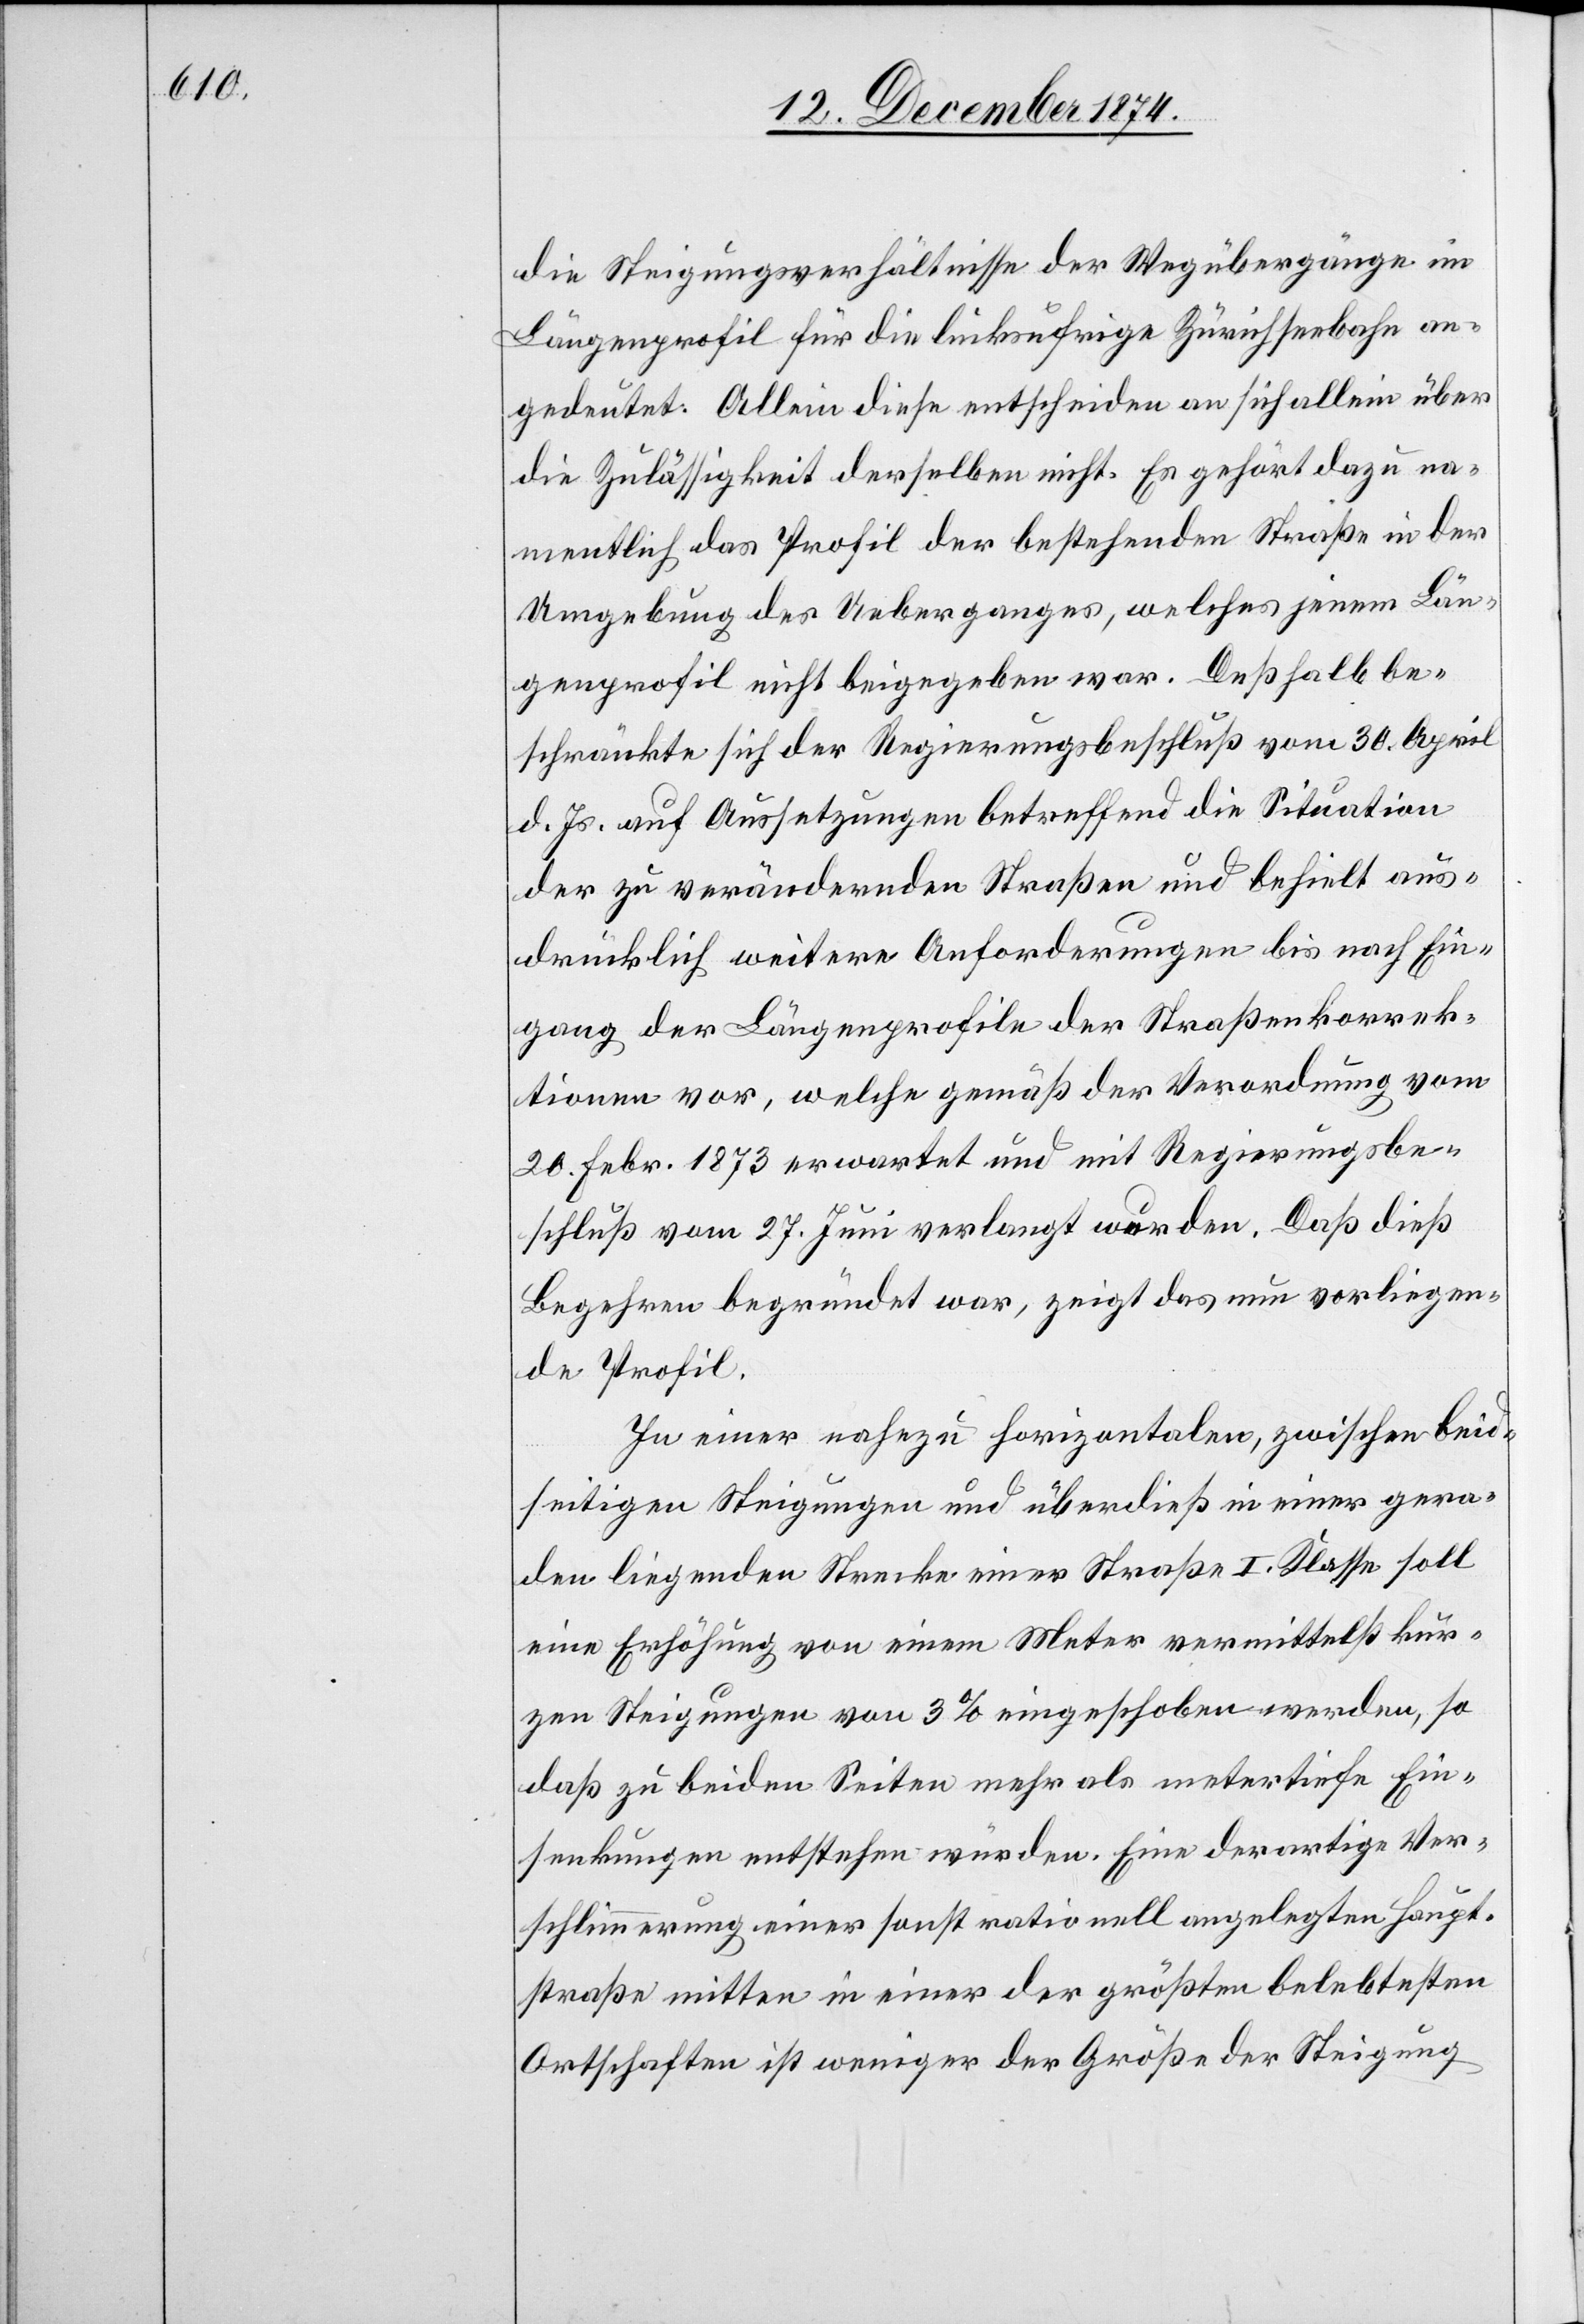
die Steigungsverhältnisse der Wegübergänge im
Längenprofil für die linksufrige Zürichseebahn an¬
gedeutet. Allein diese entscheiden an sich allein über
die Zulässigkeit derselben nicht. Es gehört dazu na¬
mentlich das Profil der bestehenden Straße in der
Umgebung des Ueberganges, welches jenem Län¬
genprofil nicht beigegeben war. Deßhalb be¬
schränkte sich der Regierungsbeschluß vom 30. April
d. Js. auf Aussetzungen betreffend die Situation
der zu verändernden Straßen und behielt aus¬
drücklich weitere Anforderungen bis nach Ein¬
gang der Längenprofile der Straßenkorrek¬
tionen vor, welche gemäß der Verordnung vom
20. Febr. 1873 erwartet und mit Regierungsbe¬
schluß vom 27. Juni verlangt wurden. Daß dieß
Begehren begründet war, zeigt das nun vorliegen¬
de Profil.
In einer nahezu horizontalen, zwischen beid¬
seitigen Steigungen und überdieß in einer gera¬
den liegenden Strecke einer Straße I. Klasse soll
eine Erhöhung von einem Meter vermittelst kur¬
zen Steigungen von 3% eingeschoben werden, so
daß zu beiden Seiten mehr als metertiefe Ein¬
senkungen entstehen würden. Eine derartige Ver¬
schlimmerung einer sonst rationell angelegten Haupt¬
straße mitten in einer der größten belebtesten
Ortschaften ist weniger der Größe der Steigung